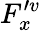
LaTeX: F_{x}^{\prime v}